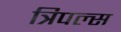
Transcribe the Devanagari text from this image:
त्रिपल्स